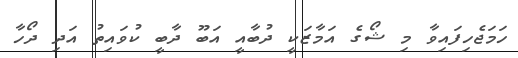
ހަމަޖެހިފައިވާ މި ޝޯގެ އަމާޒަކީ ދުބާއީ އަބޫ ދާބީ ކުވައިތު އަދި ދޯހާ